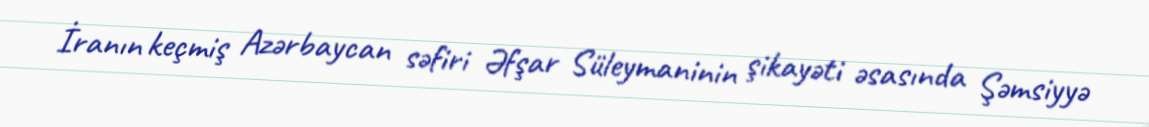
İranın keçmiş Azərbaycan səfiri Əfşar Süleymaninin şikayəti əsasında Şəmsiyyə